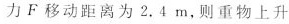
力F移动距离为2.4m，则重物上升